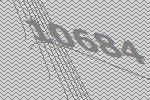
10684